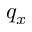
q _ { x }